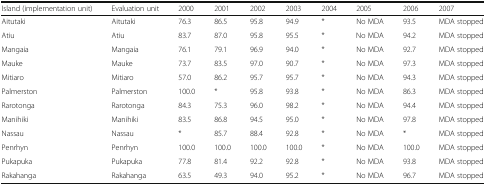
| Island (implementation unit) | Evaluation unit | 2000 | 2001 | 2002 | 2003 | 2004 | 2005 | 2006 | 2007 |
 | --- | --- | --- | --- | --- | --- | --- | --- | --- | --- |
 | Aitutaki | Aitutaki | 76.3 | 86.5 | 95.8 | 94.9 | * | No MDA | 93.5 | MDA stopped |
 | Atiu | Atiu | 83.7 | 87.0 | 95.8 | 95.5 | * | No MDA | 94.2 | MDA stopped |
 | Mangaia | Mangaia | 76.1 | 79.1 | 96.9 | 94.0 | * | No MDA | 92.7 | MDA stopped |
 | Mauke | Mauke | 73.7 | 83.5 | 97.0 | 90.7 | * | No MDA | 97.3 | MDA stopped |
 | Mitiaro | Mitiaro | 57.0 | 86.2 | 95.7 | 95.7 | * | No MDA | 94.3 | MDA stopped |
 | Palmerston | Palmerston | 100.0 | * | 95.8 | 93.8 | * | No MDA | 86.3 | MDA stopped |
 | Rarotonga | Rarotonga | 84.3 | 75.3 | 96.0 | 98.2 | * | No MDA | 94.4 | MDA stopped |
 | Manihiki | Manihiki | 83.5 | 86.8 | 94.5 | 95.0 | * | No MDA | 97.8 | MDA stopped |
 | Nassau | Nassau | * | 85.7 | 88.4 | 92.8 | * | No MDA | * | MDA stopped |
 | Penrhyn | Penrhyn | 100.0 | 100.0 | 100.0 | 100.0 | * | No MDA | 100.0 | MDA stopped |
 | Pukapuka | Pukapuka | 77.8 | 81.4 | 92.2 | 92.8 | * | No MDA | 93.8 | MDA stopped |
 | Rakahanga | Rakahanga | 63.5 | 49.3 | 94.0 | 95.2 | * | No MDA | 96.7 | MDA stopped |